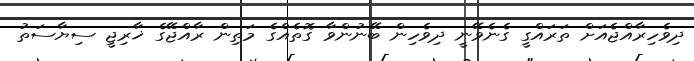
ދިވެހިރާއްޖެއަށް ތަރައްގީ ގެނެވޭނީ ދިވެހިން ބޭނުންވާ ގޮތެއްގެ މަތިން ރާއްޖޭގެ ޚާރިޖީ ސިޔާސަތު